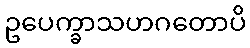
ဥပေက္ခာသဟဂတောပိ